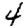
Digit: 4